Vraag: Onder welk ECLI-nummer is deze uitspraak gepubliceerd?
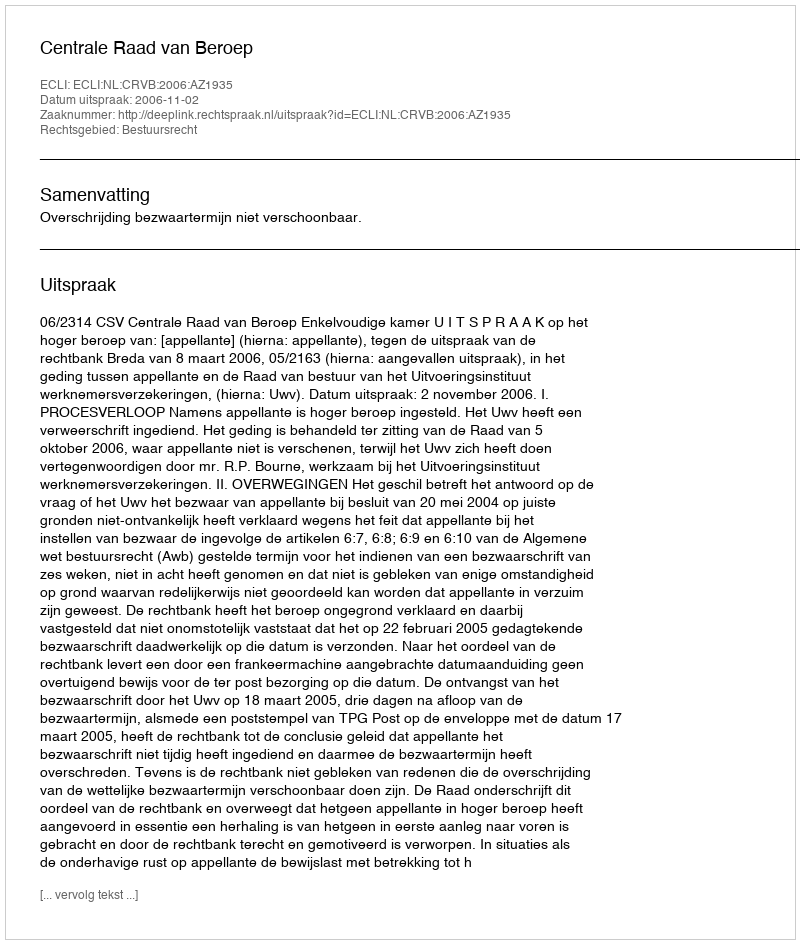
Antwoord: ECLI:NL:CRVB:2006:AZ1935